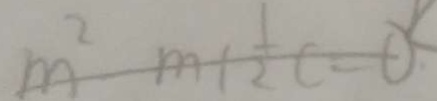
m ^ { 2 } - m + \frac { 1 } { 2 } c = 0